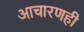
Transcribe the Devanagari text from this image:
आचारणही